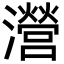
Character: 瀯